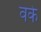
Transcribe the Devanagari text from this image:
वके